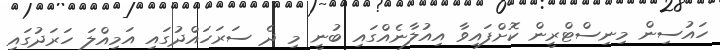
ހައުސިން މިނިސްޓްރީން ކޮށްފައިވާ އިއުލާނެއްގައި ބުނީ މި ދެ ސަރަހައްދުގައި އަމިއްލަ ހަރަދުގައި